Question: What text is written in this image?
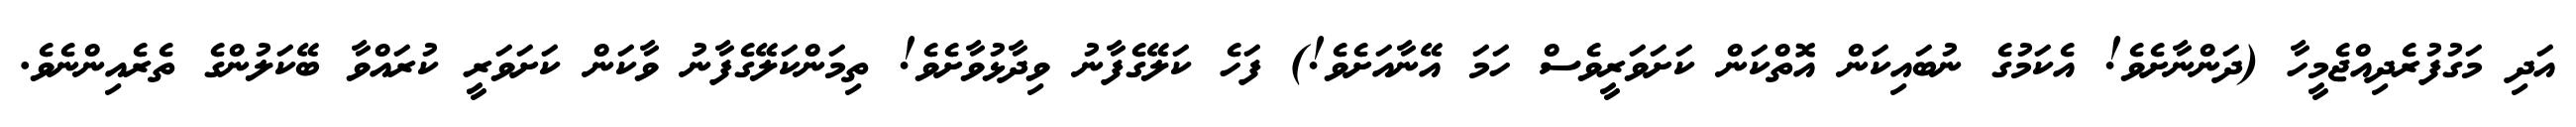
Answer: އަދި މަގުފުރެދިއްޖެމީހާ (ދަންނާށެވެ! އެކަމުގެ ނުބައިކަން އޮތްކަން ކަށަވަރީވެސް ހަމަ އޭނާއަށެވެ!) ފަހެ ކަލޭގެފާނު ވިދާޅުވާށެވެ! ތިމަންކަލޭގެފާނު ވާކަން ކަށަވަރީ ކުރައްވާ ބޭކަލުންގެ ތެރެއިންނެވެ.